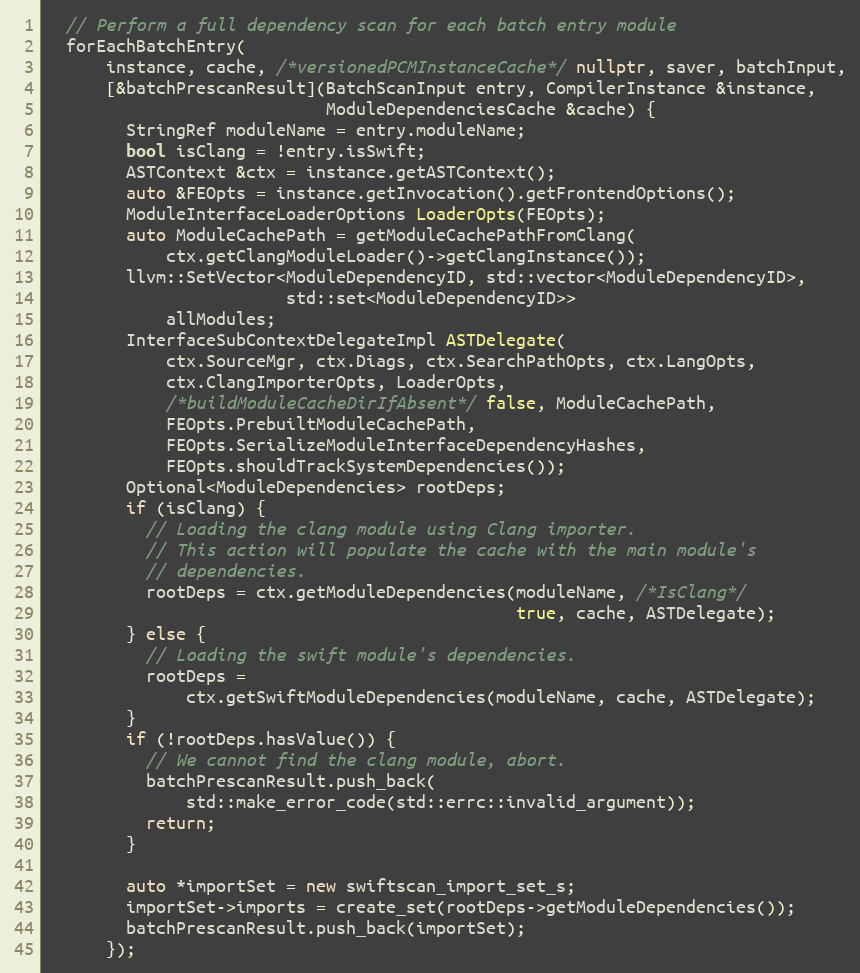
Language: C++
  // Perform a full dependency scan for each batch entry module
  forEachBatchEntry(
      instance, cache, /*versionedPCMInstanceCache*/ nullptr, saver, batchInput,
      [&batchPrescanResult](BatchScanInput entry, CompilerInstance &instance,
                            ModuleDependenciesCache &cache) {
        StringRef moduleName = entry.moduleName;
        bool isClang = !entry.isSwift;
        ASTContext &ctx = instance.getASTContext();
        auto &FEOpts = instance.getInvocation().getFrontendOptions();
        ModuleInterfaceLoaderOptions LoaderOpts(FEOpts);
        auto ModuleCachePath = getModuleCachePathFromClang(
            ctx.getClangModuleLoader()->getClangInstance());
        llvm::SetVector<ModuleDependencyID, std::vector<ModuleDependencyID>,
                        std::set<ModuleDependencyID>>
            allModules;
        InterfaceSubContextDelegateImpl ASTDelegate(
            ctx.SourceMgr, ctx.Diags, ctx.SearchPathOpts, ctx.LangOpts,
            ctx.ClangImporterOpts, LoaderOpts,
            /*buildModuleCacheDirIfAbsent*/ false, ModuleCachePath,
            FEOpts.PrebuiltModuleCachePath,
            FEOpts.SerializeModuleInterfaceDependencyHashes,
            FEOpts.shouldTrackSystemDependencies());
        Optional<ModuleDependencies> rootDeps;
        if (isClang) {
          // Loading the clang module using Clang importer.
          // This action will populate the cache with the main module's
          // dependencies.
          rootDeps = ctx.getModuleDependencies(moduleName, /*IsClang*/
                                               true, cache, ASTDelegate);
        } else {
          // Loading the swift module's dependencies.
          rootDeps =
              ctx.getSwiftModuleDependencies(moduleName, cache, ASTDelegate);
        }
        if (!rootDeps.hasValue()) {
          // We cannot find the clang module, abort.
          batchPrescanResult.push_back(
              std::make_error_code(std::errc::invalid_argument));
          return;
        }

        auto *importSet = new swiftscan_import_set_s;
        importSet->imports = create_set(rootDeps->getModuleDependencies());
        batchPrescanResult.push_back(importSet);
      });